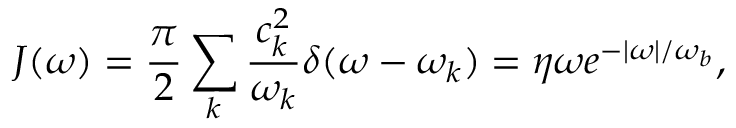
J ( \omega ) = \frac { \pi } { 2 } \sum _ { k } \frac { c _ { k } ^ { 2 } } { \omega _ { k } } \delta ( \omega - \omega _ { k } ) = \eta \omega e ^ { - | \omega | / \omega _ { b } } ,